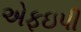
એફઇપી